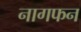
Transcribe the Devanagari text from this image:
नागफन